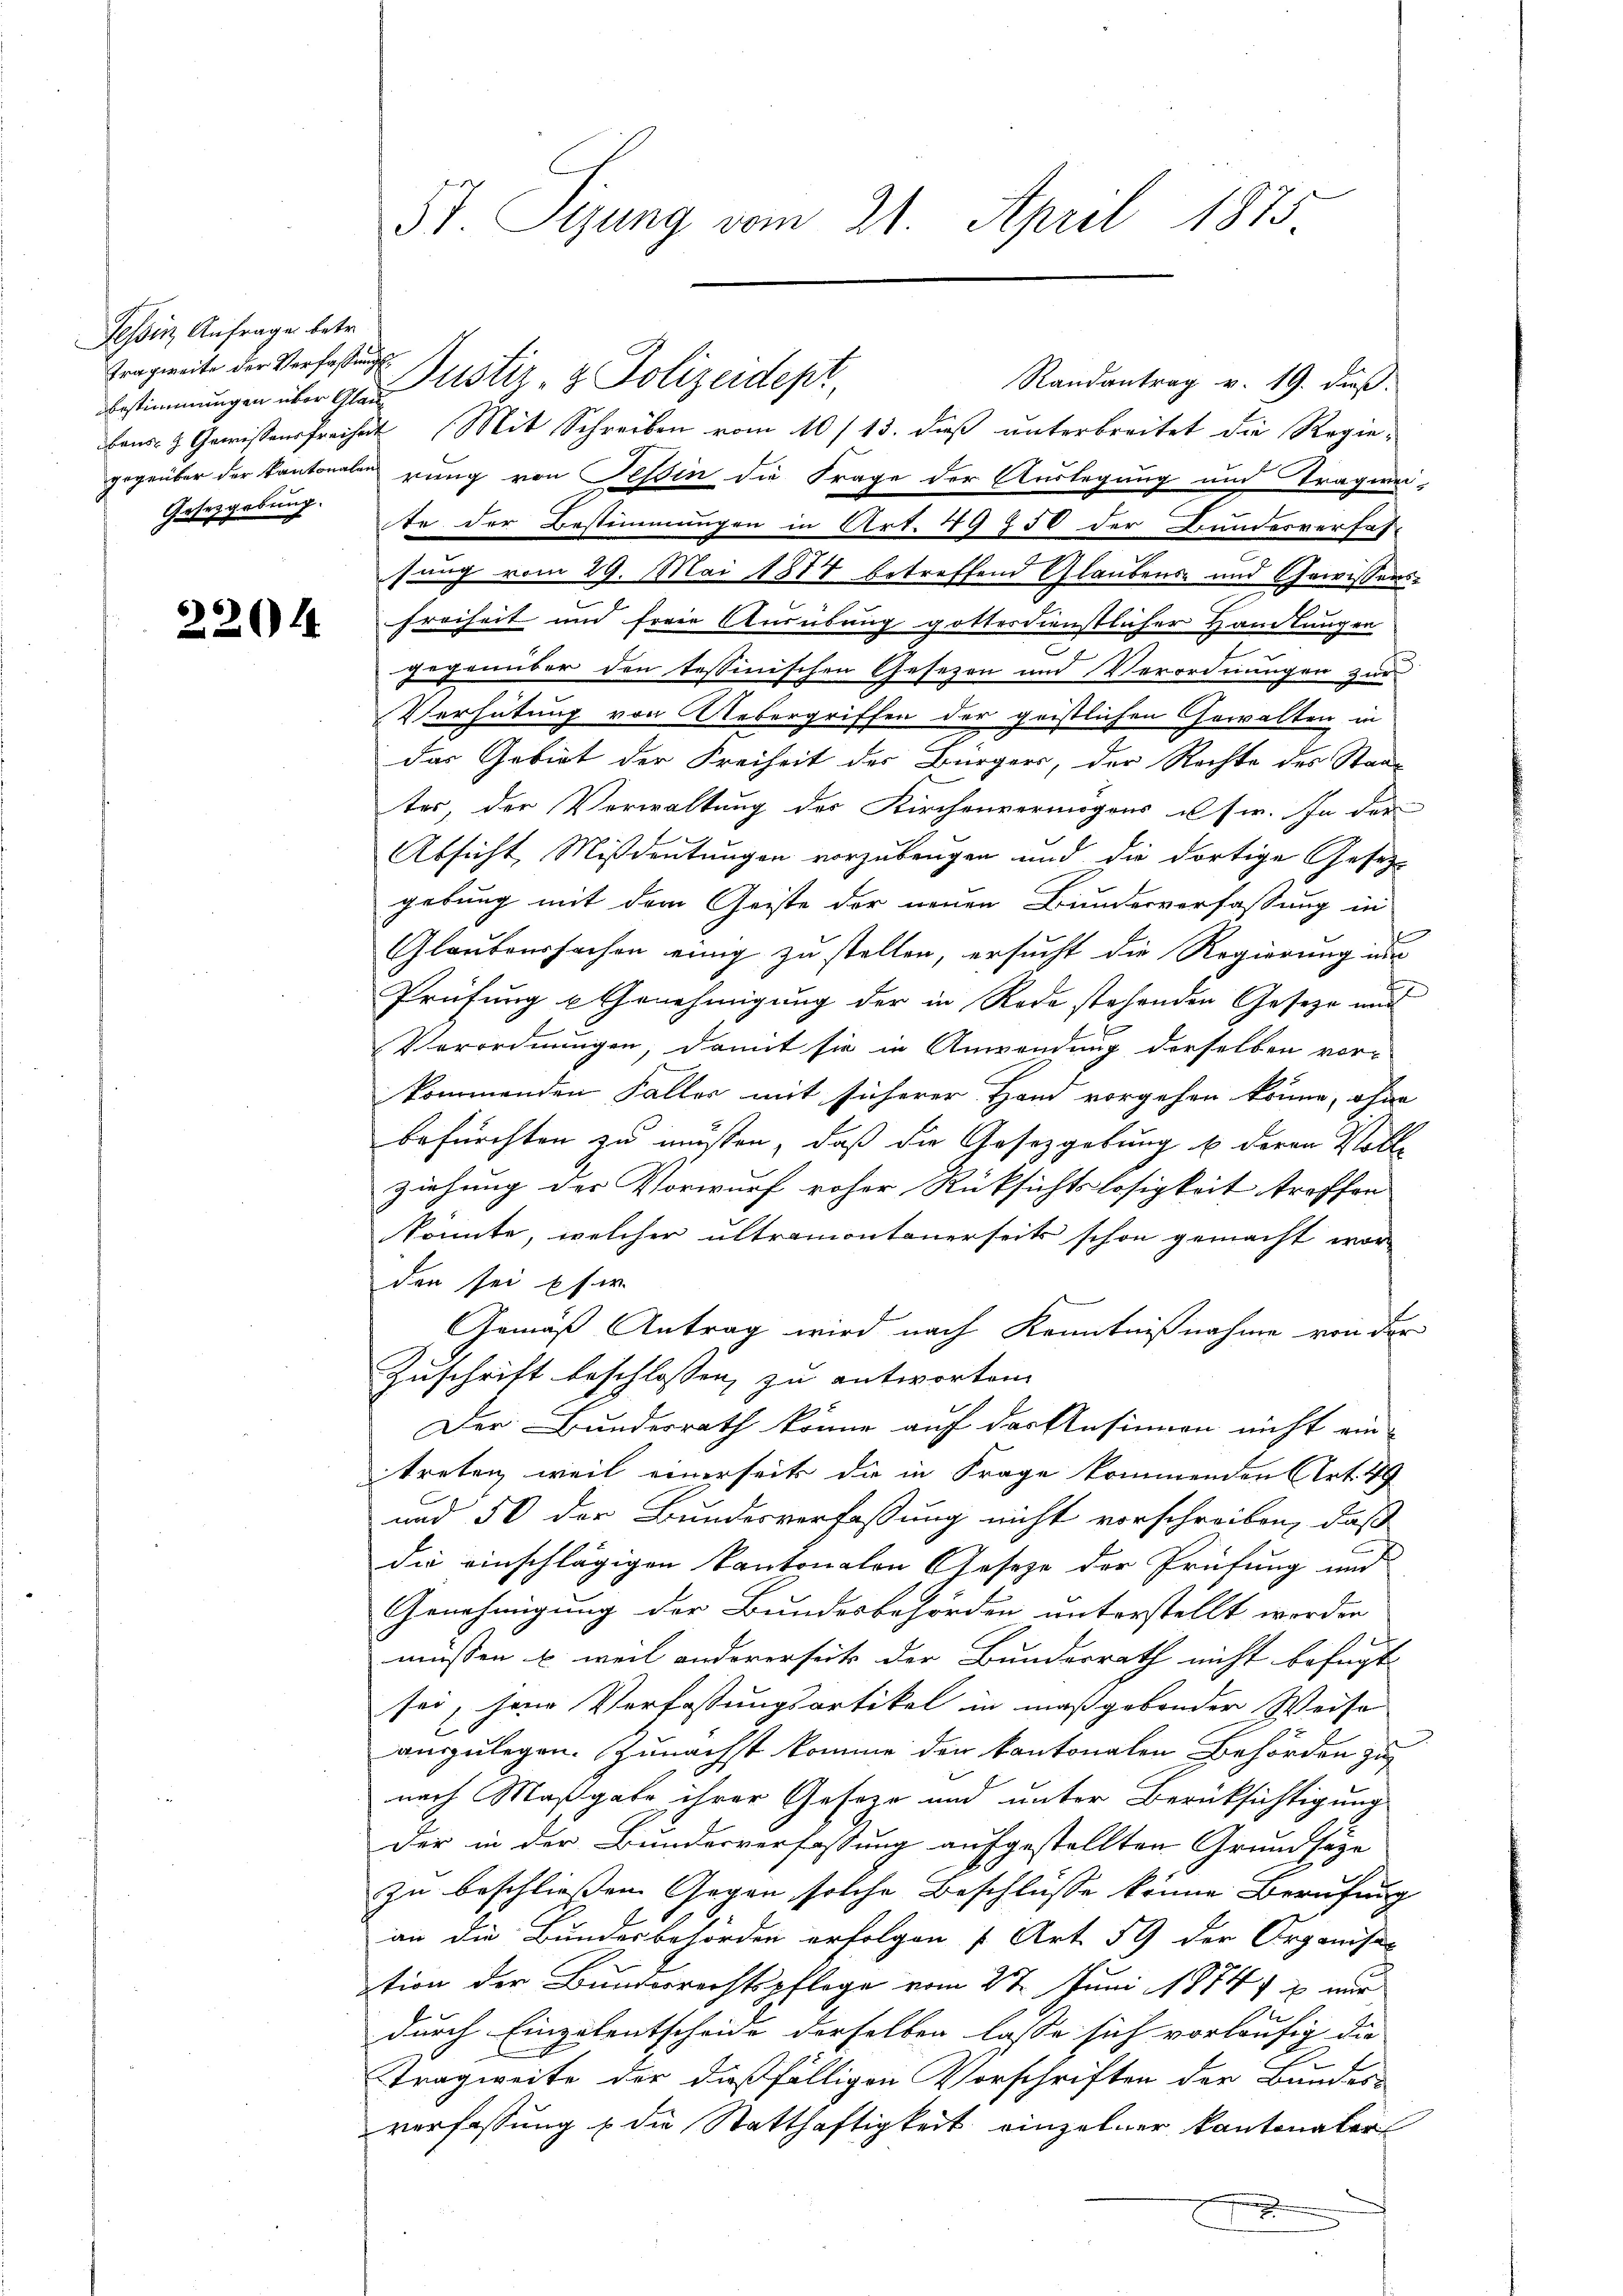
Tessin Anfrage betr.
Tragweite der Verfassungs¬
Gesetzgebung.

22014

St. Sizung vom 21. April 1875

Randantrag v. 19. dieß.
Bestimmungen über den ustiz- & Polizeidep
bens- & Gewissensfreiheit Mit Schreiben vom 10/13. dieß unterbreitet die Regiegegeüber der Kantonalen rung von Tessin die Frage der Auslegung und Tragwei-
te der Bestimmungen in Art. 49 750 der Landesverfas-
sung vom 29. Mai 1874 betreffend Glaubens- und Gewissers¬
Freiheit und freie Ausübung gottesdienstlicher Handlungen
x
Gegenüber den tessinischen Gesezen und Verordnungen zur
Verhütung von Uebergriffen der geistlichen Gewalten in
das Gebiet der Freiheit des Bürgers, der Rechte des Staa
ter, der Verwaltung des Kirchenvermögens u. sie. In der
Absicht Mißdeutungen vorzubeugen und die dortige Gesetz-
gebung mit dem Geiste der neuen Bundesverfassung in
Glaubensfachen einig zu stellen, ersucht die Regierung in
Prüfung & Genehmigung der in Rede stehenden Geseze und
Verordnungen, damit sie in Anwendung derselben vor-
kommenden Faller mit sicherer Hand vorgehen könne, ohne
befürchten zu müssen, daß die Gesetzgebung u. deren Voll-
ziehung der Vorwurf roher Rücksichtslosigkeit troffen.
könnte, welcher ultramontanerseits schon gemacht wor-
den sei usw.
Gemäß Antrag wird nach Kenntnißnahme von der
Zuschrift beschlossen, zu antworten
Der Bundesrath könne auf der Ansinnen nicht ein
treten, weil einerseits die in Frage kommenden Art. 49
und 50 der Bundesverfassung nicht vorschreiben, daß
die einschlägigen Kantonalen Geseze der Prüfung und
Genehmigung der Bundesbehörden unterstellt werden
müssen u. weil andererseits der Bundesrath nicht befugt
sei, jene Verfassungsartikel in maßgebender Weise |
auszulegen. Zunächst komme den kantonalen Behörden zu
nach Maßgabe ihrer Geseze und unter Berücksichtigung
Der in der Bundesverfassung aufgestellten Grundsaze
zu beschließen Gegen solche Beschlüsse könne Berufung
an die Bundesbehörden erfolgen 7 Art. 59 der Organisier
tion der Bunderrechtspflege vom 27. Juni 1874 u mir
t
durch Einzelentscheide derselben lasse sich vorläufig die
Tragweite der dießfälligen Vorschriften der Bundes-
verfassung & die Statthaftigkeit einzelner kantonaler
.